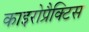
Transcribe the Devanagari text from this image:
काइरोप्रैक्टिस